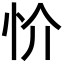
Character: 忦